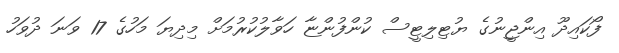
ފޯކައިދޫ އިންޖީނުގެ ޔުޓިލިޓީސް ކުންފުންޏާ ހަވާލުކުރުމަށް މިދިޔަ މަހުގެ 17 ވަނަ ދުވަހު